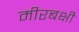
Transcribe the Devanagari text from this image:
मीरबक्षी